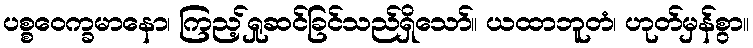
ပစ္စဝေက္ခမာနော၊ ကြည့်ရှုဆင်ခြင်သည်ရှိသော်။ ယထာဘူတံ၊ ဟုတ်မှန်စွာ။